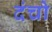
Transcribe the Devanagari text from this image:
दंचो